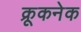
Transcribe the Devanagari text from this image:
क्रूकनेक